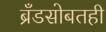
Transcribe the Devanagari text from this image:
ब्रँडसोबतही